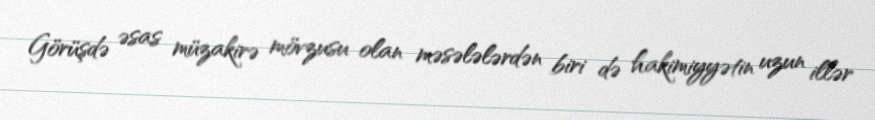
Görüşdə əsas müzakirə mövzusu olan məsələlərdən biri də hakimiyyətin uzun illər